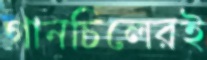
গানচিলেরই